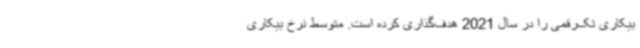
بیکاری تک‌رقمی را در سال 2021 هدف‌گذاری کرده است. متوسط نرخ بیکاری